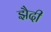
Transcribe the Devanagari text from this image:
झैदी